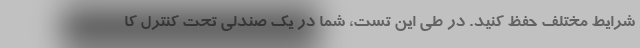
شرایط مختلف حفظ کنید. در طی این تست، شما در یک صندلی تحت کنترل کا